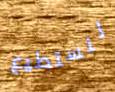
لنستطيع